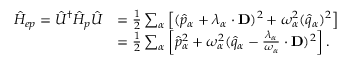
\begin{array} { r l } { \hat { H } _ { e p } = \hat { U } ^ { \dag } \hat { H } _ { p } \hat { U } } & { = \frac { 1 } { 2 } \sum _ { \alpha } \left[ ( \hat { p } _ { \alpha } + \boldsymbol { \lambda } _ { \alpha } \cdot \mathbf { D } ) ^ { 2 } + \omega _ { \alpha } ^ { 2 } ( \hat { q } _ { \alpha } ) ^ { 2 } \right] } \\ & { = \frac { 1 } { 2 } \sum _ { \alpha } \left[ \hat { p } _ { \alpha } ^ { 2 } + \omega _ { \alpha } ^ { 2 } ( \hat { q } _ { \alpha } - \frac { \boldsymbol { \lambda } _ { \alpha } } { \omega _ { \alpha } } \cdot \mathbf { D } ) ^ { 2 } \right] . } \end{array}